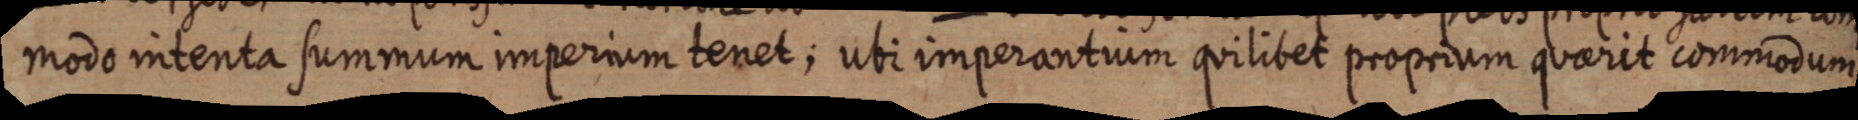
modo intenta summum imperium tenet; ubi imperantium quilibet proprium quaerit commodum.